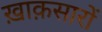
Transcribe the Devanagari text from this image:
ख़ाक़सारों